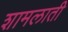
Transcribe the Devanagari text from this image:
शामलाती